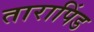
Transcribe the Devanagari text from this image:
तारापिंड